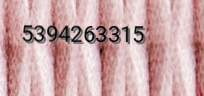
5394263315